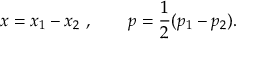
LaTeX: x = x _ { 1 } - x _ { 2 } \ , \qquad p = { \frac { 1 } { 2 } } ( p _ { 1 } - p _ { 2 } ) .